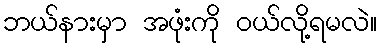
ဘယ်နားမှာ အဖုံးကို ဝယ်လို့ရမလဲ။